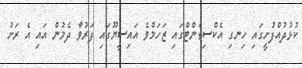
ކުޅުދުއްފުށީގައި ހިނގި އެކްސިޑެންޓްގައި ޒަހަމްވެ އައިސީޔޫގައި ފަރުވާ ދެމުން އައި އެ ރަށު